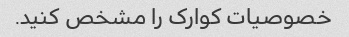
خصوصیات کوارک را مشخص کنید.